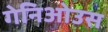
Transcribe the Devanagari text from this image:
गेनिओउस